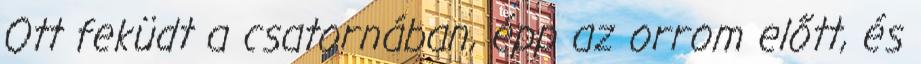
Ott feküdt a csatornában, épp az orrom előtt, és